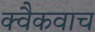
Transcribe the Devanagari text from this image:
क्वैकवाच